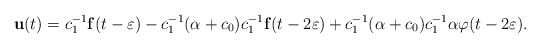
\begin{align*}\mathbf{u}(t)=c_1^{-1}\mathbf{f}(t-\varepsilon)-c_1^{-1}(\alpha+c_0)c_1^{-1}\mathbf{f}(t-2\varepsilon)+c_1^{-1}(\alpha+c_0)c_1^{-1}\alpha\varphi(t-2\varepsilon).\end{align*}